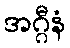
အဂ္ဂီနံ